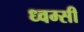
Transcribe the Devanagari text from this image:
ध्वम्सी